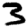
Digit: 3